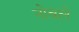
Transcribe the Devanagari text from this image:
नोबले